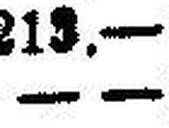
—.—